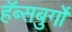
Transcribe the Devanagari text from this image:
हॅब्सबुर्गो